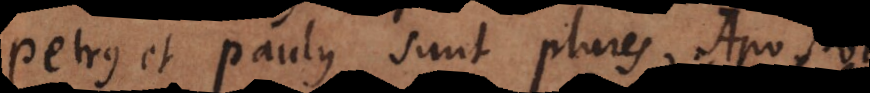
Petrus et Paulus sunt plures Apost